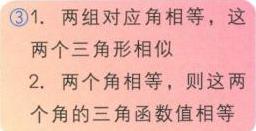
\textcircled{1}. 两组对应角相等，这
两个三角形相似
2. 两个角相等，则这两
个角的三角函数值相等